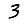
Digit: 3